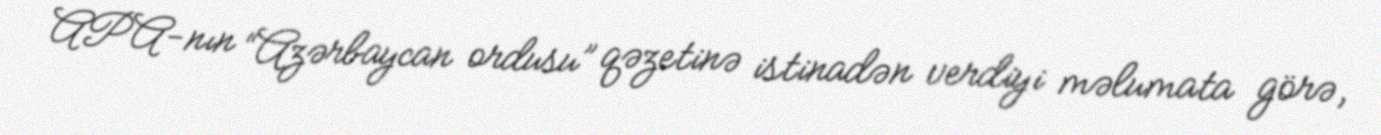
APA-nın “Azərbaycan ordusu” qəzetinə istinadən verdiyi məlumata görə,